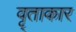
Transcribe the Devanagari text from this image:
वृ्ताकार